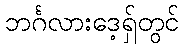
ဘင်္ဂလားဒေ့ရှ်တွင်